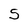
Character: 5